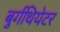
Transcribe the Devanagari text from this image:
बुर्गथियेटर